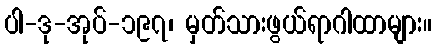
ပါ-ဒု-အုပ်-၁၉၇၊ မှတ်သားဖွယ်ရာဂါထာများ။